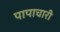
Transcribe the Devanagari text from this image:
पापाचारी